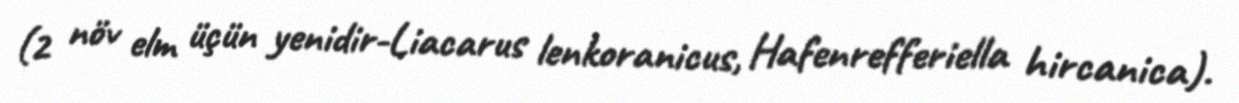
(2 növ elm üçün yenidir-Liacarus lenkoranicus, Hafenrefferiella hircanica).